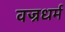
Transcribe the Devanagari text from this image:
वज्रधर्म